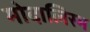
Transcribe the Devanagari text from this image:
मोदालिस्म